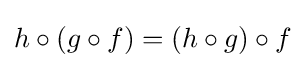
h\circ (g\circ f)=(h\circ g)\circ f